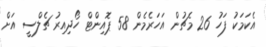
އެކަމަކު ފަހު 26 މެޗުން އަހަރެމެން 58 ޕޮއިންޓް ހޯދިއިރު ޗެލްސީ އަށް